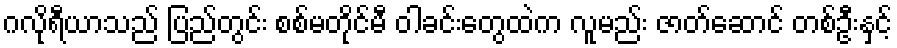
ဂလိုရီယာသည် ပြည်တွင်း စစ်မတိုင်မီ ဝါခင်းတွေထဲက လူမည်း ဇာတ်ဆောင် တစ်ဦးနှင့်